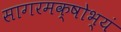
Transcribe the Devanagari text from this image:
सागरमक्षोभ्यं